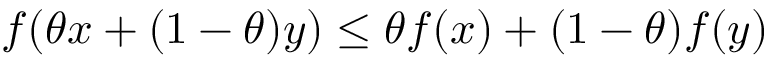
f ( \theta x + ( 1 - \theta ) y ) \leq \theta f ( x ) + ( 1 - \theta ) f ( y )